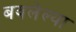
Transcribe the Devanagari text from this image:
बवलेल्या